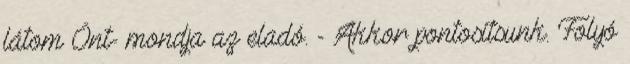
látom Önt- mondja az eladó. - Akkor pontosítsunk. Folyó